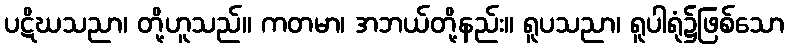
ပဋိဃသညာ၊ တို့ဟူသည်။ ကတမာ၊ အဘယ်တို့နည်း။ ရူပသညာ၊ ရူပါရုံ၌ဖြစ်သော